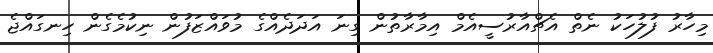
މިހާރު ފުލުހަކު ނެތް އެޗްއާރުސީއެމް އިމާރާތުން ގިނަ އަދަދެއްގެ މުވައްޒަފުން ނިކުމެގެން ހިނގައްޖެ